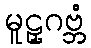
မူဠှဂဗ္ဘံ